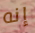
إنه